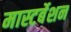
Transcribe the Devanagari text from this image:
मास्टर्बेशन